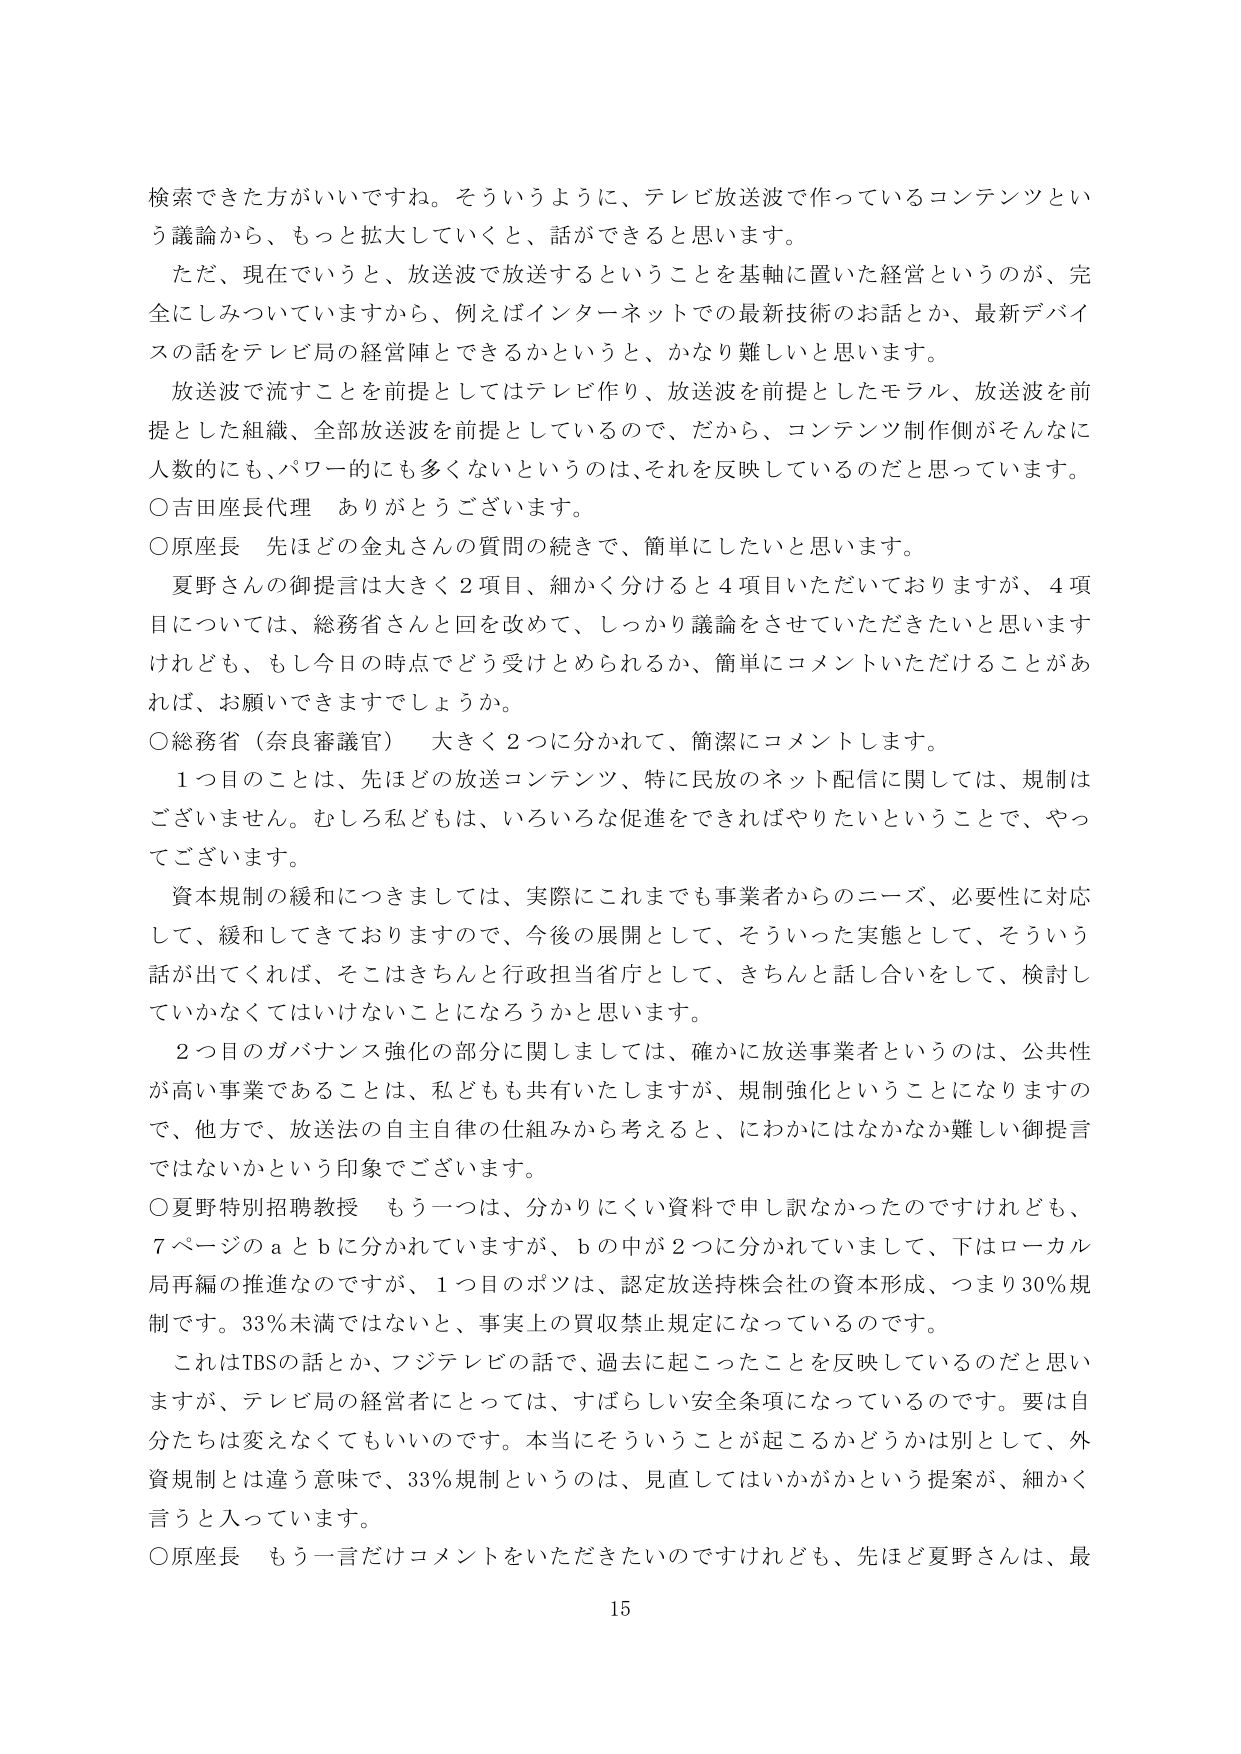
検索できた方がいいですね。そういうように、テレビ放送波で作っているコンテンツという議論から、もっと拡大していくと、話ができると思います。

ただ、現在でいうと、放送波で放送するということを基軸に置いた経営というのが、完全にしみついていますから、例えばインターネットでの最新技術のお話とか、最新デバイスの話をテレビ局の経営陣とできるかというと、かなり難しいと思います。

放送波で流すことを前提としてはテレビ作り、放送波を前提としたモラル、放送波を前提とした組織、全部放送波を前提としているので、だから、コンテンツ制作側がそんなに人数的にも、パワー的にも多くないというのは、それを反映しているのだと思っています。

○吉田座長代理　ありがとうございます。

○原座長　先ほどの金丸さんの質問の続きで、簡単にしたいと思います。

夏野さんの御提言は大きく２項目、細かく分けると４項目いただいておりますが、４項目については、総務省さんと回を改めて、しっかり議論をさせていただきたいと思いますけれども、もし今日の時点でどう受けとめられるか、簡単にコメントいただけることがあれば、お願いできますでしょうか。

○総務省（奈良審議官）　大きく２つに分かれて、簡潔にコメントします。

１つ目のことは、先ほどの放送コンテンツ、特に民放のネット配信に関しては、規制はございません。むしろ私どもは、いろいろな促進をできればやりたいということで、やってございます。

資本規制の緩和につきましては、実際にこれまでも事業者からのニーズ、必要性に対応して、緩和してきておりますので、今後の展開として、そういった実態として、そういう話が出てくれば、そこはきちんと行政担当省庁として、きちんと話し合いをして、検討していかなくてはいけないことになろうかと思います。

２つ目のガバナンス強化の部分に関しましては、確かに放送事業者というのは、公共性が高い事業であることは、私どもも共有いたしますが、規制強化ということになりますので、他方で、放送法の自主自律の仕組みから考えると、にわかにはなかなか難しい御提言ではないかという印象でございます。

○夏野特別招聘教授　もう一つは、分かりにくい資料で申し訳なかったのですけれども、７ページのａとｂに分かれていますが、ｂの中が２つに分かれていまして、下はローカル局再編の推進なのですが、１つ目のポツは、認定放送持株会社の資本形成、つまり30％規制です。33％未満ではないと、事実上の買収禁止規定になっているのです。

これはTBSの話とか、フジテレビの話で、過去に起こったことを反映しているのだと思いますが、テレビ局の経営者にとっては、すばらしい安全条項になっているのです。要は自分たちは変えなくてもいいのです。本当にそういうことが起こるかどうかは別として、外資規制とは違う意味で、33％規制というのは、見直してはいかがかという提案が、細かく言うと入っています。

○原座長　もう一言だけコメントをいただきたいのですけれども、先ほど夏野さんは、最

15